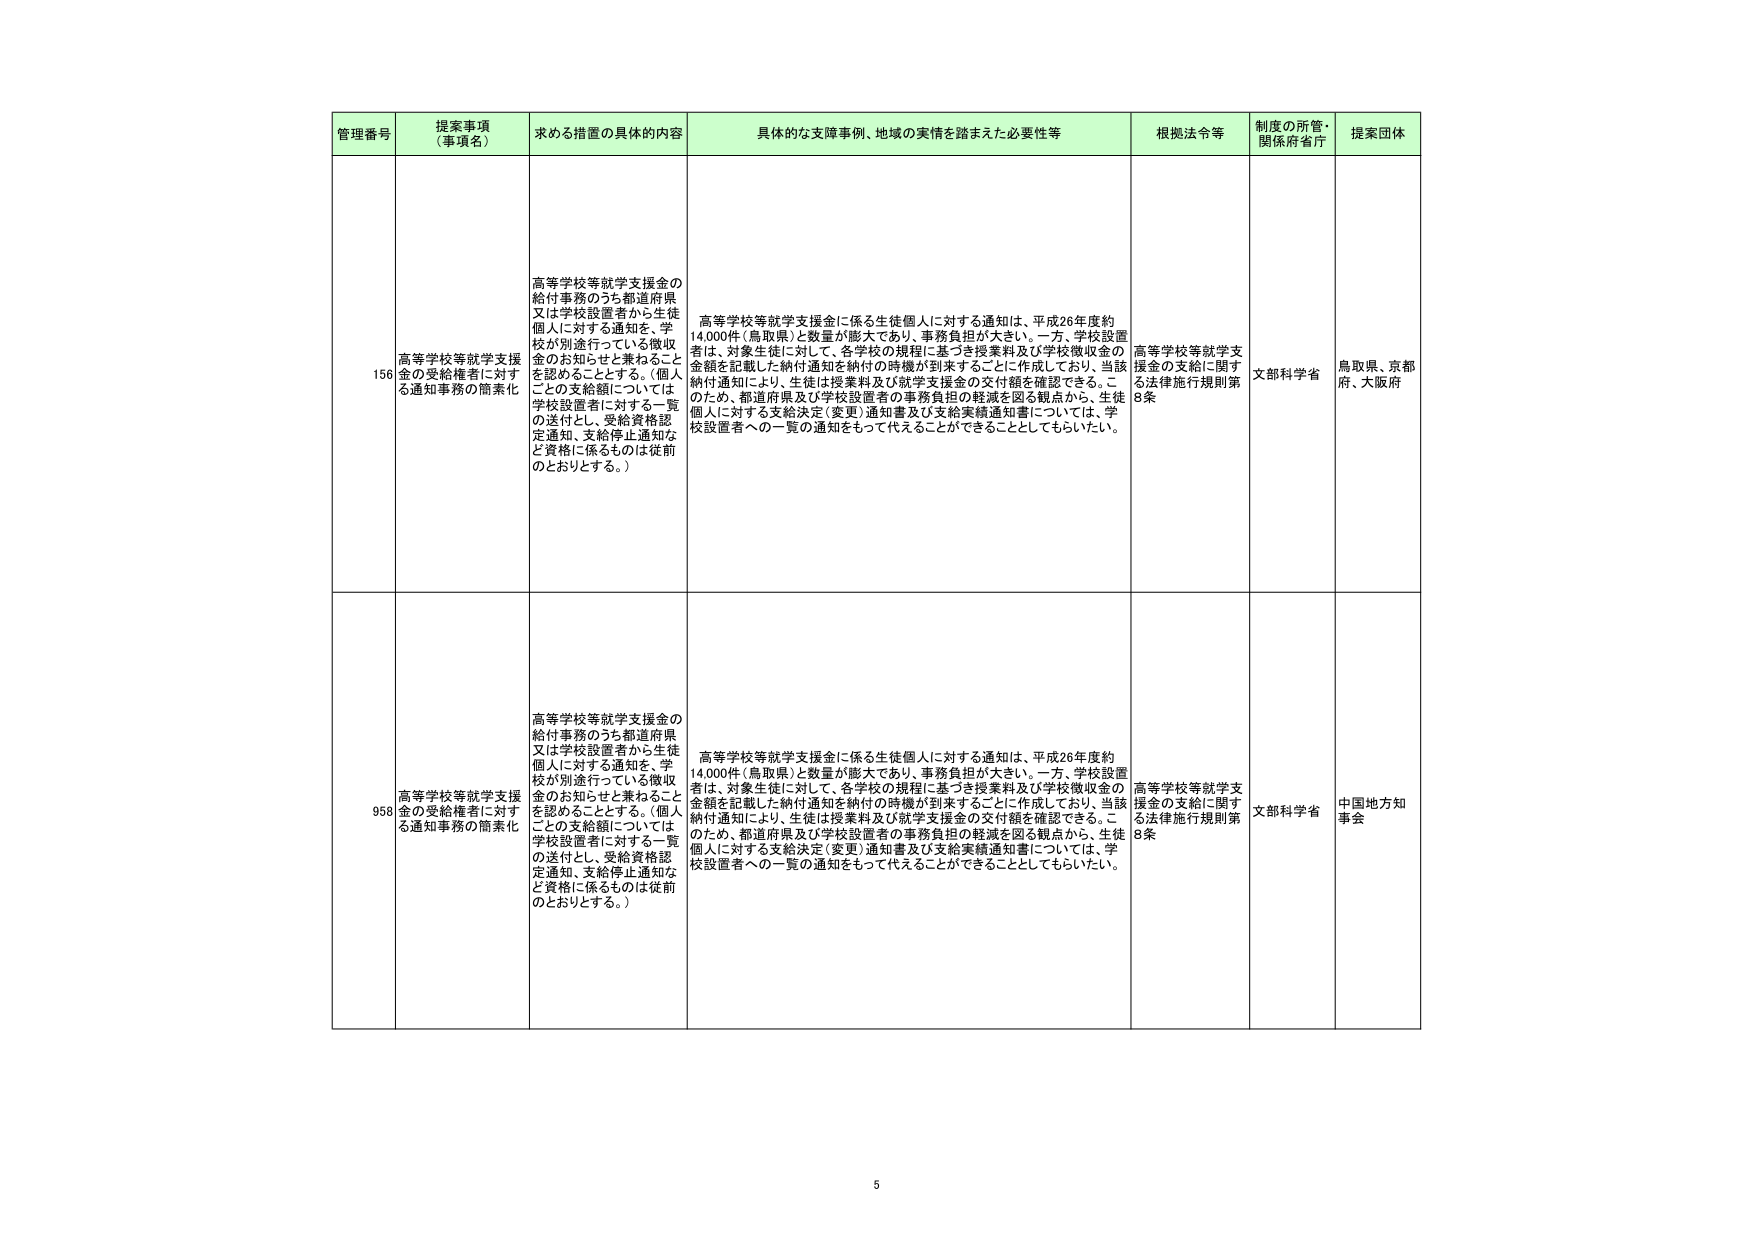
管理番号 提案事項（事項名） 求める措置の具体的内容 具体的な支障事例、地域の実情を踏まえた必要性等 根拠法令等 制度の所管・関係府省庁 提案団体
156 高等学校等就学支援金の受給権者に対する通知事務の簡素化 高等学校等就学支援金の給付事務のうち都道府県又は学校設置者から生徒個人に対する通知を、学校が別途行っている徴収金のお知らせと兼ねることを認めることとする。（個人ごとの支給額については学校設置者に対する一覧の送付とし、受給資格認定通知、支給停止通知など資格に係るものは従前のおとりとする。） 高等学校等就学支援金に係る生徒個人に対する通知は、平成26年度約14,000件（鳥取県）と数量が膨大であり、事務負担が大きい。一方、学校設置者は、対象生徒に対して、各学校の規程に基づき授業料及び学校徴収金の金額を記載した納付通知を納付の時機が到来することに作成しており、当該納付通知により、生徒は授業料及び就学支援金の交付額を確認できる。このため、都道府県及び学校設置者の事務負担の軽減を図る観点から、生徒個人に対する支給決定（変更）通知書及び支給実績通知書については、学校設置者への一覧の通知をもって代えることができることとしてもらいたい。 高等学校等就学支援金の支給に関する法律施行規則第8条 文部科学省 鳥取県、京都府、大阪府
958 高等学校等就学支援金の受給権者に対する通知事務の簡素化 高等学校等就学支援金の給付事務のうち都道府県又は学校設置者から生徒個人に対する通知を、学校が別途行っている徴収金のお知らせと兼ねることを認めることとする。（個人ごとの支給額については学校設置者に対する一覧の送付とし、受給資格認定通知、支給停止通知など資格に係るものは従前のおとりとする。） 高等学校等就学支援金に係る生徒個人に対する通知は、平成26年度約14,000件（鳥取県）と数量が膨大であり、事務負担が大きい。一方、学校設置者は、対象生徒に対して、各学校の規程に基づき授業料及び学校徴収金の金額を記載した納付通知を納付の時機が到来することに作成しており、当該納付通知により、生徒は授業料及び就学支援金の交付額を確認できる。このため、都道府県及び学校設置者の事務負担の軽減を図る観点から、生徒個人に対する支給決定（変更）通知書及び支給実績通知書については、学校設置者への一覧の通知をもって代えることができることとしてもらいたい。 高等学校等就学支援金の支給に関する法律施行規則第8条 文部科学省 中国地方知事会
5